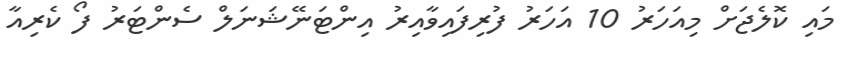
މައި ކޮލެޖަށް މިއަހަރު 10 އަހަރު ފުރިފައިވާއިރު އިންޓަނޭޝަނަލް ސެންޓަރު ފޯ ކެރިއާ